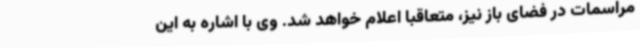
مراسمات در فضای باز نیز، متعاقبا اعلام خواهد شد. وی با اشاره به این